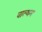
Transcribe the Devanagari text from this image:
वाल्थम